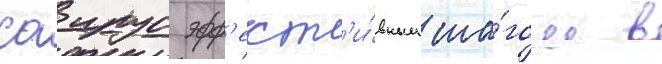
саирус эфф'ект'и́вным ша́гом в